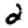
Digit: 2